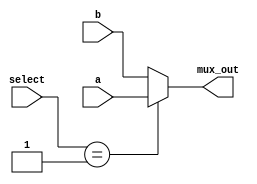
`timescale 1ns / 1ps

module mux2x1(
    input a, b,             // a = clk_1Hz, b = LED_five
    input [2:0] select,     // state
    output mux_out
    );
    
    assign mux_out = (select == 3'b001) ? a : b;
    
endmodule